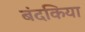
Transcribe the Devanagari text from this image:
बंदकिया